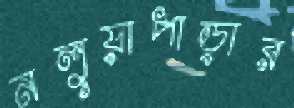
নলুয়াপাড়ার